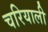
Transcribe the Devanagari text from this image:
चरियाली